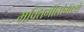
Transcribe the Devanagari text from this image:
भक्तिगीतांमध्ये